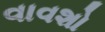
વાવશો